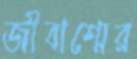
জীবাশ্মের